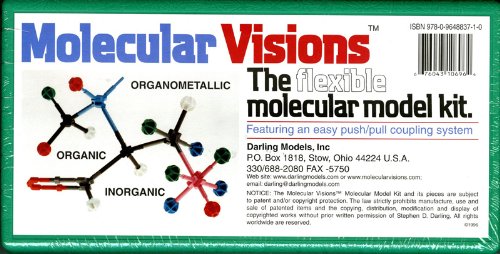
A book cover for Molecular Visions (Organic, Inorganic, Organometallic) Molecular Model Kit #1 by Darling Models to accompany Organic Chemistry; Darling Models; Science & Math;